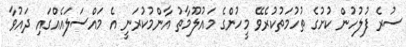
ސުރެ ފުލުހުން ކުށުގެ ތުހުމަތުކުރެވޭ މީހުންގެ މައުލޫމާތު އާންމުކުރަނީ އެ މައްސަލައެއްގައި ދައުވާ